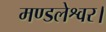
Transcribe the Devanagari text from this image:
मण्डलेश्वर।